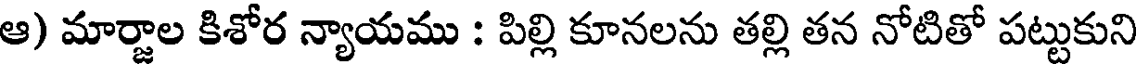
ఆ) మార్జాల కిశోర న్యాయము : పిల్లి కూనలను తల్లి తన నోటితో పట్టుకుని